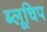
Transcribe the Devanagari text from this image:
ब्लूचिप